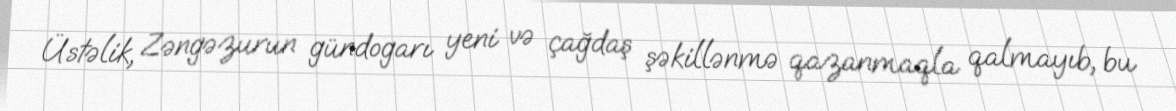
Üstəlik, Zəngəzurun gündogarı yeni və çağdaş şəkillənmə qazanmaqla qalmayıb, bu